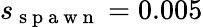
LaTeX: s_{\mathrm{~s~p~a~w~n~}}=0.005